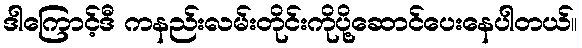
ဒါကြောင့်ဒီ ကနည်းလမ်းတိုင်းကိုပို့ဆောင်ပေးနေပါတယ်။